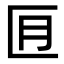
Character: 𪟬